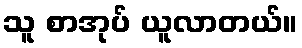
သူ စာအုပ် ယူလာတယ်။